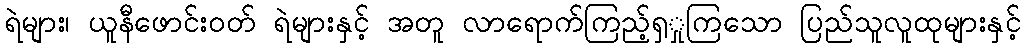
ရဲများ၊ ယူနီဖောင်းဝတ် ရဲများနှင့် အတူ လာရောက်ကြည့်ရှှုကြသော ပြည်သူလူထုများနှင့်